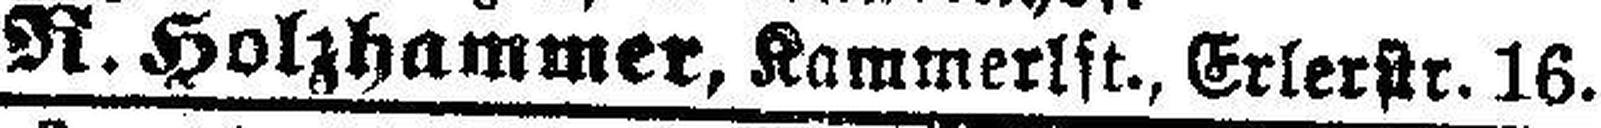
R. Holzhammer, Kammerlft., Erlerstr. 16.